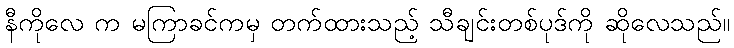
နီကိုလေ က မကြာခင်ကမှ တက်ထားသည့် သီချင်းတစ်ပုဒ်ကို ဆိုလေသည်။